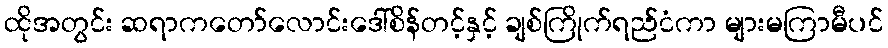
ထိုအတွင်း ဆရာကတော်လောင်းဒေါ်စိန်တင့်နှင့် ချစ်ကြိုက်ရည်ငံကာ များမကြာမီပင်